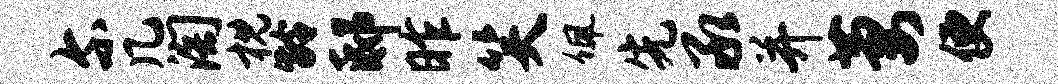
尔几淘枕龄邸昨笑佩先承并萋便